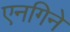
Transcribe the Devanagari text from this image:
एनगिने